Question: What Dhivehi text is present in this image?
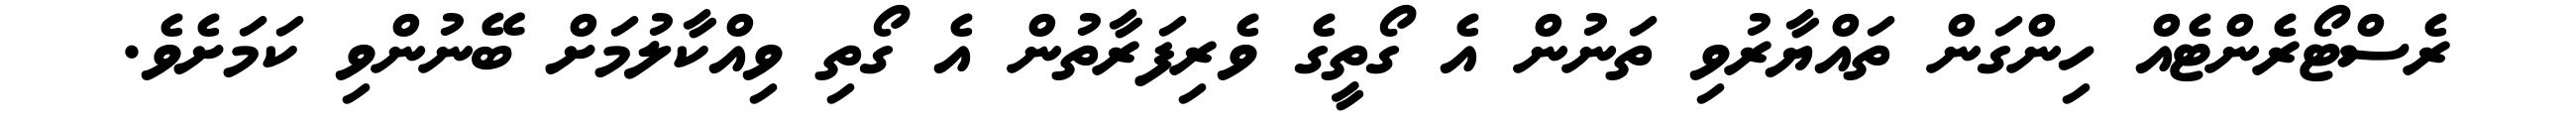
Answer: ރެސްޓޯރެންޓެއް ހިންގަން ތައްޔާރުވި ތަނުން އެ ގޯތީގެ ވެރިފަރާތުން އެ ގޯތި ވިއްކާލުމަށް ބޭނުންވި ކަމަށެވެ.